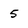
Character: 5